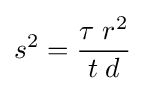
s^{2}={\frac {\tau \;r^{2}}{t\;d}}